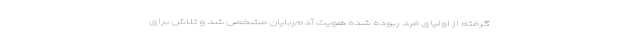
گرفته از اولیای فرد ربوده شده هویت آدم‌ربایان مشخص شد و تلاش برای